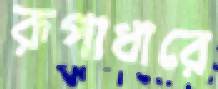
রূপাধারে